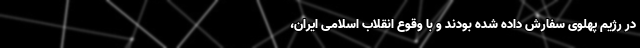
در رژیم پهلوی سفارش داده شده بودند و با وقوع انقلاب اسلامی ایران،